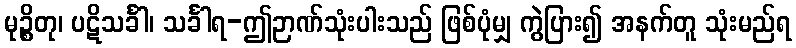
မုဉ္စိတု၊ ပဋိသင်္ခါ၊ သင်္ခါရ-ဤဉာဏ်သုံးပါးသည် ဖြစ်ပုံမျှ ကွဲပြား၍ အနက်တူ သုံးမည်ရ